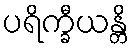
ပရိက္ခီယန္တိ